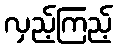
လှည့်ကြည့်